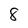
Character: 8